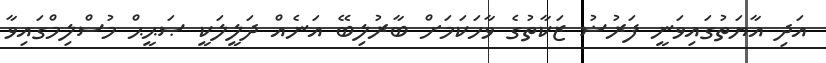
އަދި އާޔަތުގައިވަނީ ފަރުޟު ޒަކާތުގެ ވާހަކަމަށް ބާރުލިބޭ އަނެއް ދަލީލަކީ ޞަޙީޙް މުސްލިމްގައިވާ